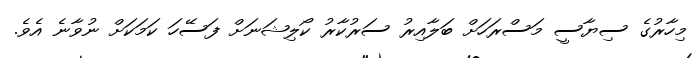
މިހާރުގެ ސިޔާސީ މަސްރަހަށް ބަލާއިރު ސަރުކާރު ކޯލިޝަނަށް ފަސޭހަ ކަމަކަށް ނުވާނެ އެވެ.